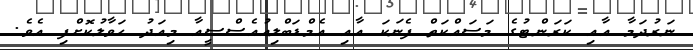
ނަރުދަމާ އާއި ކަރަންޓުގެ މަސައްކަތް ފެނަކަ އާއި އެމްޑަބްލިއުއެސްސީއާ މިއަދު ހަވާލުކޮށްފި އެވެ.